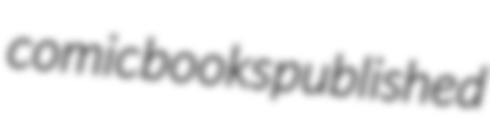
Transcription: comic books published